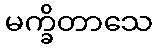
မက္ခိတာသေ